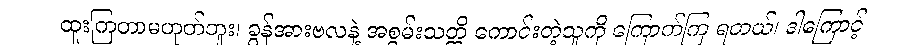
ထူးကြတာမဟုတ်ဘူး၊ ခွန်အားဗလနဲ့ အစွမ်းသတ္တိ ကောင်းတဲ့သူကို ကြောက်ကြ ရတယ်၊ ဒါကြောင့်